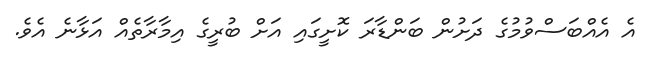
އެ އެއްބަސްވުމުގެ ދަށުން ބަންޑާރަ ކޮށީގައި އަށް ބުރީގެ އިމާރާތެއް އަޅާނެ އެވެ.